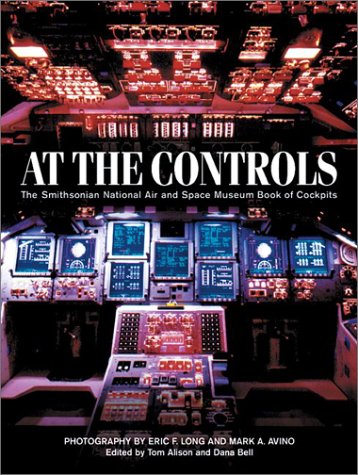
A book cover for At the Controls: The Smithsonian National Air and Space Museum Book of Cockpits; Arts & Photography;